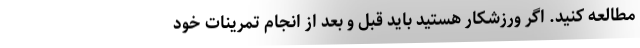
مطالعه کنید. اگر ورزشکار هستید باید قبل و بعد از انجام تمرینات خود